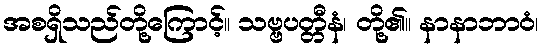
အစရှိသည်တို့ကြောင့်။ သဗ္ဗပတ္တီနံ၊ တို့၏။ နာနာဘာဝံ၊